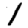
Digit: 1